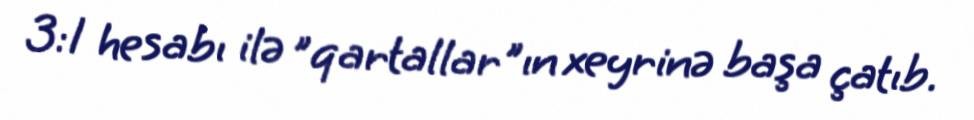
3:1 hesabı ilə "qartallar"ın xeyrinə başa çatıb.